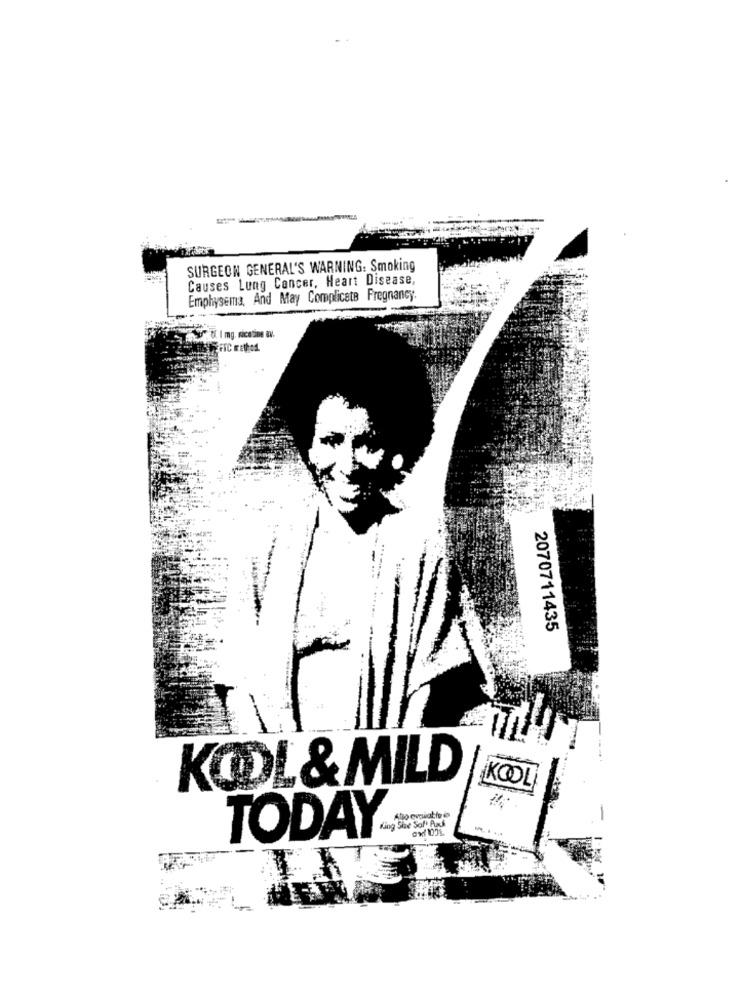
SURGEON GENERAL'S WARNING: Smoking
Causes Lung Cancer, Heart Disease,
Emphysema, And May Complicate Pregnancy
8. I mg. ricaine av.
2070711435
KOOL&MILD
KOOL
King Size Soft Pack
Atto erpwat to @
-
TODAY